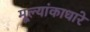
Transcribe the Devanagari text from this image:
मूल्यांकाधारे